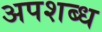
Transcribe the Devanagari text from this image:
अपशब्ध